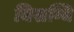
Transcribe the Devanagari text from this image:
बिसम्बि